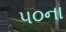
૫૦ના